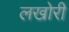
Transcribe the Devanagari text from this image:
लखोरी